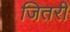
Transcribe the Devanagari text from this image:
जितरी